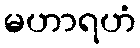
မဟာရဟံ